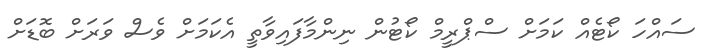
ސައްހަ ކޯޓެއް ކަމަށް ސްޕްރީމް ކޯޓުން ނިންމާފައިވާތީ އެކަމަށް ވެސް ވަރަށް ބޮޑަށް